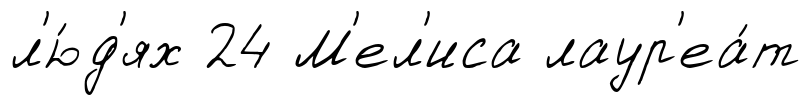
л'ю́д'ях 24 М'ел'иса лаур'еа́т